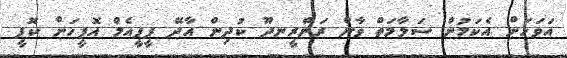
އަވަހަށް އެކަމުން ސަލާމަތް ވާން ރަންރީނދޫ ކުދިން އާދޭ ޕީޕީއެމް އޮފީހަށް ކޮފީ